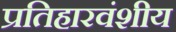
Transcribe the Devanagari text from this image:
प्रतिहारवंशीय